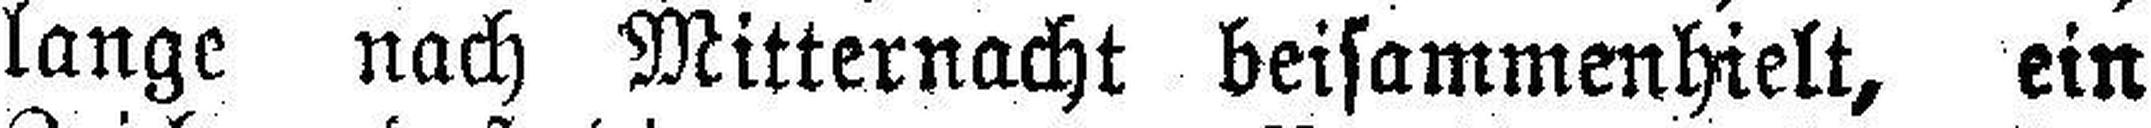
lange nach Mitternacht beisammenhielt, ein